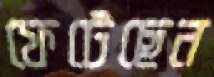
ফেটেছেন